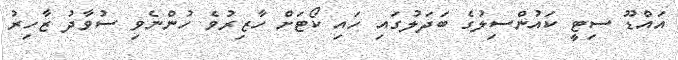
އައްޑޫ ސިޓީ ކައުންސިލުގެ ބަދަލުގައި ހައި ކޯޓަށް ހާޒިރުވެ ހުންނެވި ސުވާދު ޒާހިރު